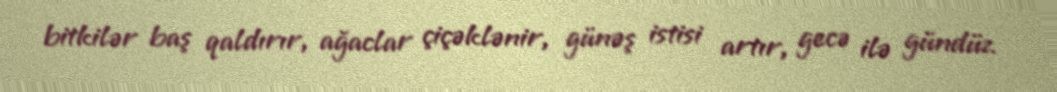
bitkilər baş qaldırır, ağaclar çiçəklənir, günəş istisi artır, gecə ilə gündüz